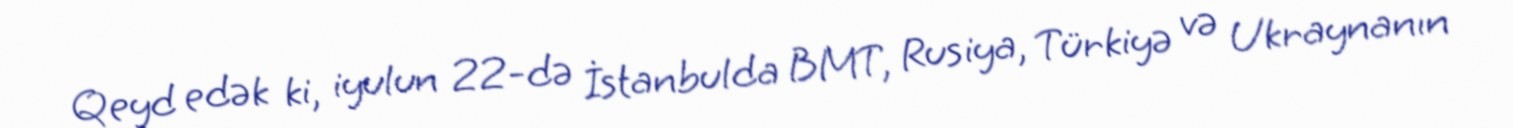
Qeyd edək ki, iyulun 22-də İstanbulda BMT, Rusiya, Türkiyə və Ukraynanın